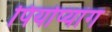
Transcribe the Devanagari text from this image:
पियोप्यांग